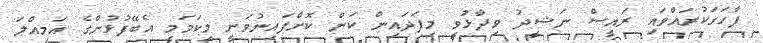
ފާހަގަކުރައްވައި ރައީސް ނަޝީދު ވިދާޅުވީ މިފަދައިން ކަން ކޮށްފައިނުވަނީ މިކަމަމީ އެބޭފުޅުންގެ އަމިއްލަ